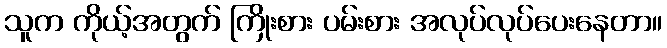
သူက ကိုယ့်အတွက် ကြိုးစား ပမ်းစား အလုပ်လုပ်ပေးနေတာ။